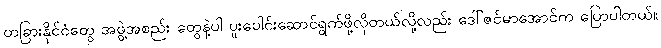
တခြားနိုင်ငံတွေ အဖွဲ့အစည်း တွေနဲ့ပါ ပူးပေါင်းဆောင်ရွက်ဖို့လိုတယ်လို့လည်း ဒေါ်ဇင်မာအောင်က ပြောပါတယ်။